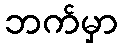
ဘက်မှာ